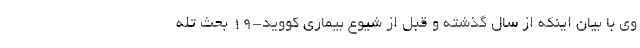
وی با بیان اینکه از سال گذشته و قبل از شیوع بیماری کووید-۱۹ بحث تله